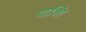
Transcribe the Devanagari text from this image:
दशि